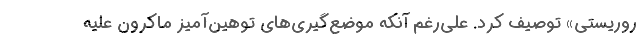
روریستی» توصیف کرد. علی‌رغم آنکه موضع‌گیری‌های توهین‌آمیز ماکرون علیه